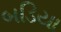
બડિયા